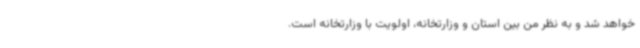
خواهد شد و به نظر من بین استان و وزارتخانه، اولویت با وزارتخانه است.